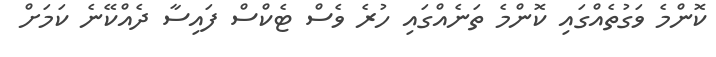
ކޮންމެ ވަގުތެއްގައި ކޮންމެ ތަނެއްގައި ހުރެ ވެސް ޓެކްސް ފައިސާ ދެއްކޭނެ ކަމަށް